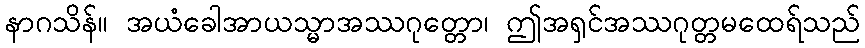
နာဂသိန်။ အယံခေါအာယသ္မာအဿဂုတ္တော၊ ဤအရှင်အဿဂုတ္တမထေရ်သည်